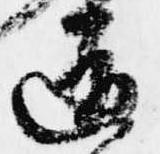
道